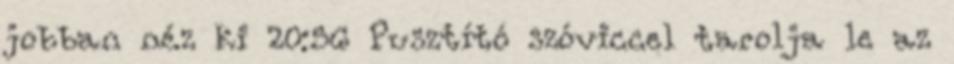
jobban néz ki 20:56 Pusztító szóviccel tarolja le az